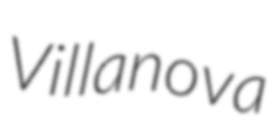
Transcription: Villanova